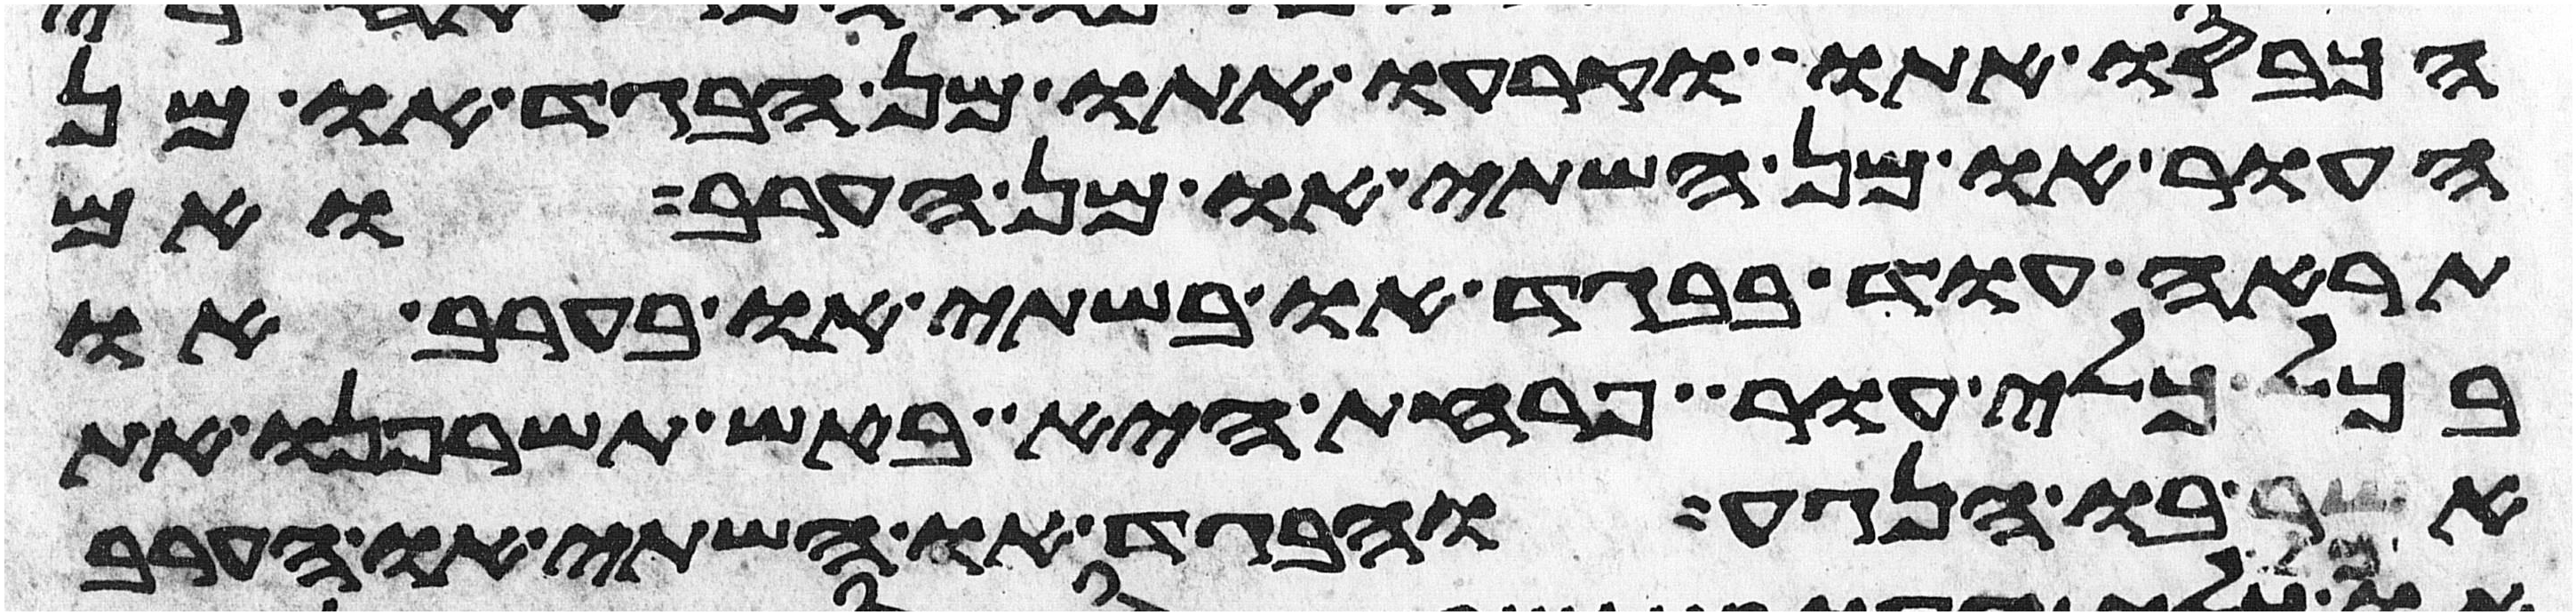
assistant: הכבסו אתו וקרעו אתו מן הבגד או מן
העור או מן השתי או מן הערב ואם
תראה עוד בבגד או בשתי או בערב או
בכל כלי עור פרחת היא באש תשרפנו את
אשר בו הנגע והבגד או השתי או הערב